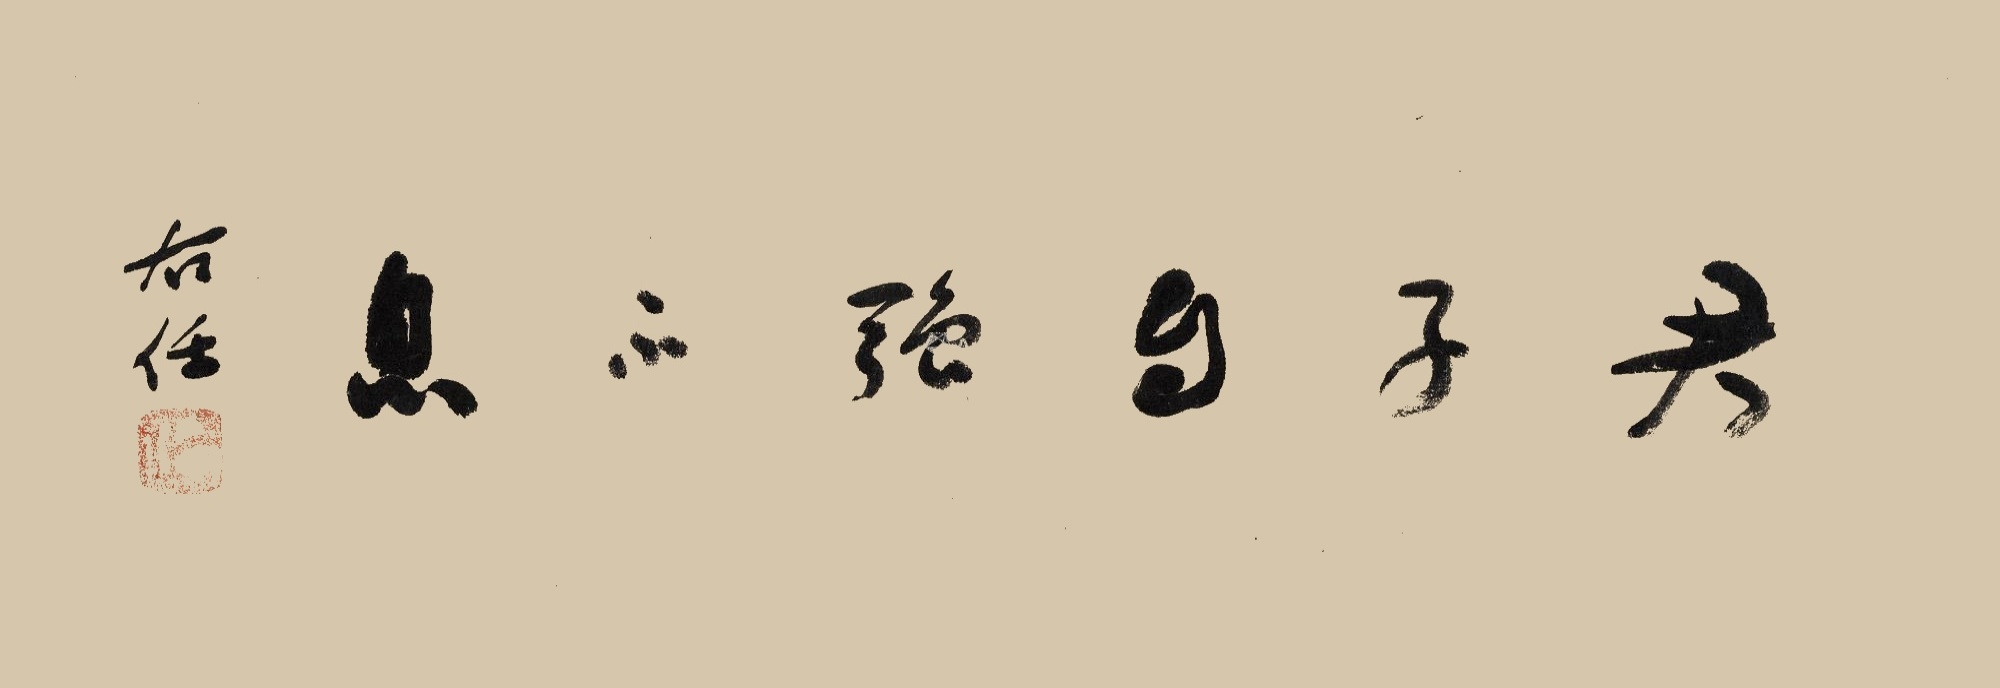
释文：君子自强不息。右任。